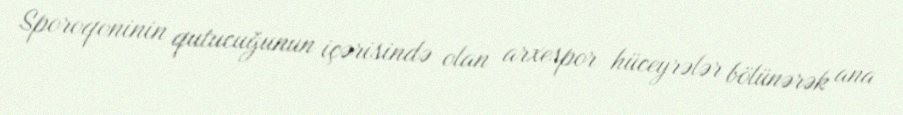
Sporoqoninin qutucuğunun içərisində olan arxespor hüceyrələr bölünərək ana